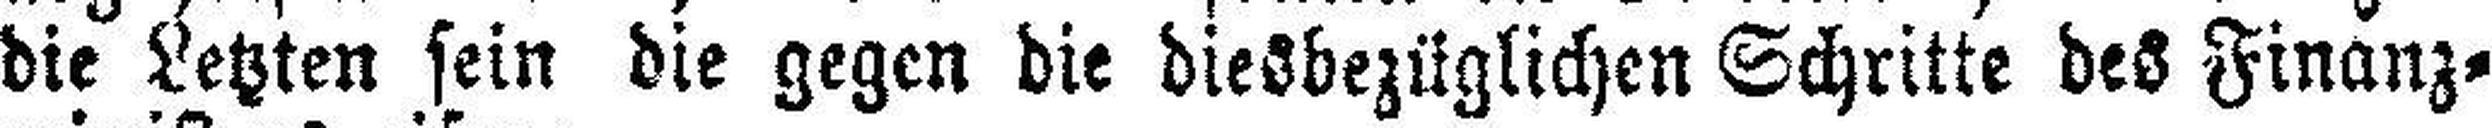
die Letzten sein die gegen die diesbezüglichen Schritte des Finanz¬